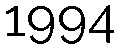
1994